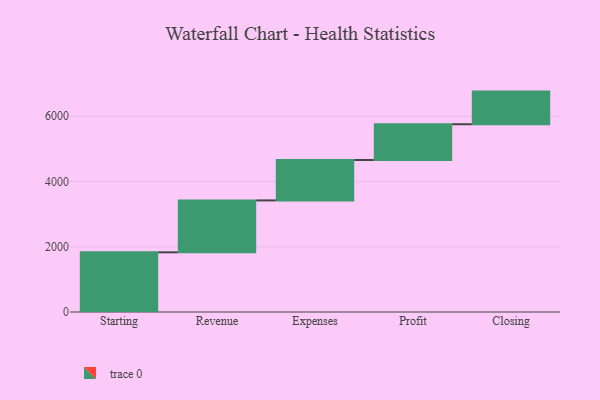
{"axis": {"x": "Step", "y": "Value"}, "legend": [""], "data": [{"x": "Starting", "y": 1829.0, "type": ""}, {"x": "Revenue", "y": 1591.0, "type": ""}, {"x": "Expenses", "y": 1238.0, "type": ""}, {"x": "Profit", "y": 1097.0, "type": ""}, {"x": "Closing", "y": 1000, "type": ""}]}